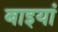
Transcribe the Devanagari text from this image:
बाइयां